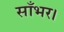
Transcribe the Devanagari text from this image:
साँभर।